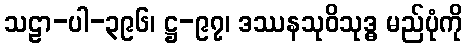
သဠာ-ပါ-၃၉၆၊ ဋ္ဌ-၉၇၊ ဒဿနသုဝိသုဒ္ဓ မည်ပုံကို